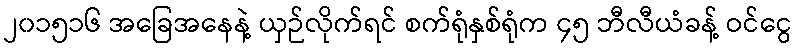
၂၀၁၅၁၆ အခြေအနေနဲ့ ယှဉ်လိုက်ရင် စက်ရုံနှစ်ရုံက ၄၅ ဘီလီယံခန့် ဝင်ငွေ